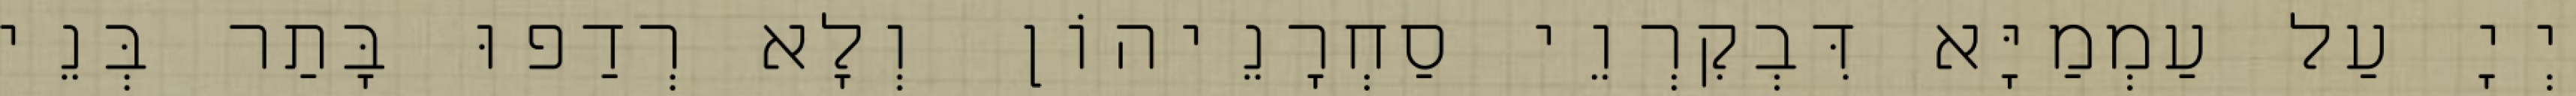
יְיָ עַל עַמְמַיָּא דִּבְקִרְוֵי סַחְרָנֵיהוֹן וְלָא רְדַפוּ בָּתַר בְּנֵי